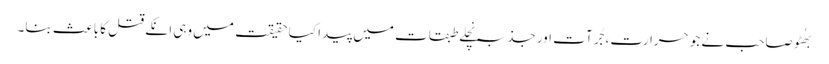
بھُٹو صاحب نے جو حرارت، جُرآت اور جذبہ نِچلے طبقات میں پیدا کیا حقیقت میں وہی انکے قتل کا باعث بنا۔